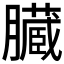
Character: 臓